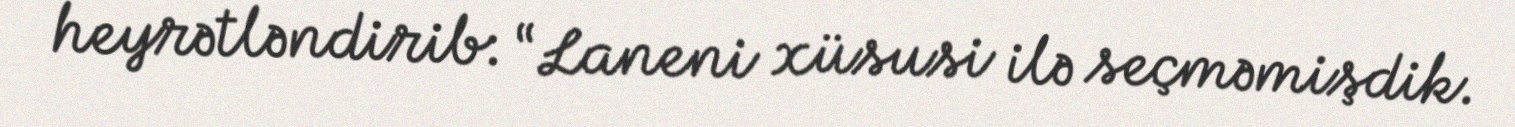
heyrətləndirib: “Laneni xüsusi ilə seçməmişdik.